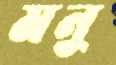
মনু